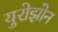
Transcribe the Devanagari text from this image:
युरोझोन